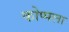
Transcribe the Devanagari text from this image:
कोप्पला